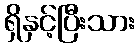
ရှိနှင့်ပြီးသား